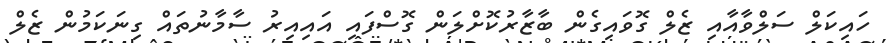
ހައިކަލް ސަލްވާއާއި ޒެލް ގޮވައިގެން ބާޒާރުކޮށްލަން ގޮސްފައި އައިއިރު ސާމާނުތައް ގިނަކަމުން ޒެލް